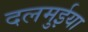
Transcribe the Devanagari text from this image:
दलमुईया